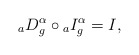
\begin{align*}{}_aD_g^{\alpha} \circ {}_{a}I_g^{\alpha}= I, \end{align*}